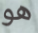
هو